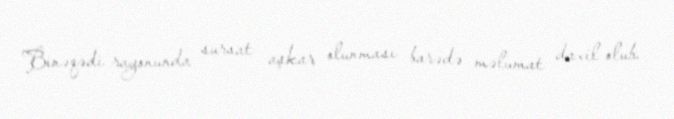
Binəqədi rayonunda sursat aşkar olunması barədə məlumat daxil olub.